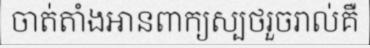
ចាត់តាំងអានពាក្យស្បថរួចរាល់គឺ